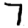
Digit: 7